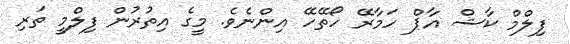
ފިލްމް ކާޝް އާޕް ހަމާރޭ ހޯތޭހޭ އިންނެވެ. މީގެ އިތުރުން ފިލްމީ ތަރި